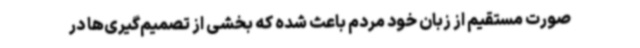
صورت مستقیم از زبان خود مردم باعث شده که بخشی از تصمیم‌گیری‌ها در